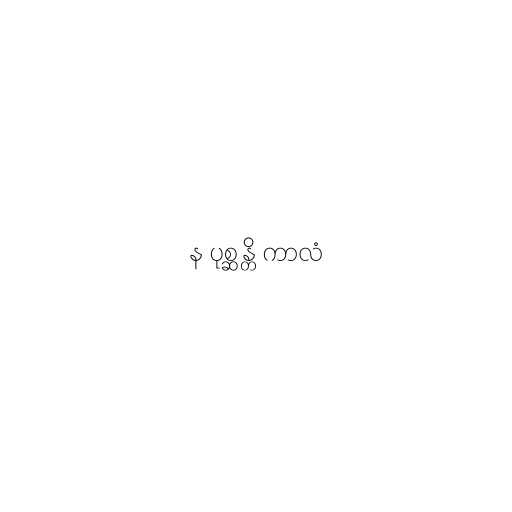
န ပုစ္ဆန္တိ ကာလံ